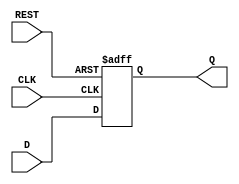
module D_ff_reset(Q, D, CLK,REST);

	output reg Q;
	input D, CLK, REST;

	always @(posedge CLK or posedge REST) begin
		if(REST)
			Q <= 1'b0;
		else 
			Q <= D;
	end	

endmodule